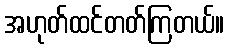
အဟုတ်ထင်တတ်ကြတယ်။